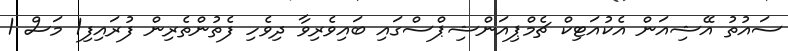
ސައުތު އޭޝިއަން އެކުއަޓިކް ޗެމްޕިއަންޝިޕްސްގައި ބައިވެރިވާ ދިވެހި ފެތުންތެރިން ފުރައިފި1 މަސް 1